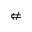
\nLeftarrow